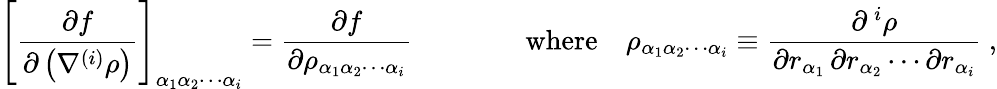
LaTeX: \left[{\frac{\partial f}{\partial\left(\nabla^{(i)}\rho\right)}}\right]_{\alpha_{1}\alpha_{2}\cdots\alpha_{i}}={\frac{\partial f}{\partial\rho_{\alpha_{1}\alpha_{2}\cdots\alpha_{i}}}}\qquad\qquad{\mathrm{where}}\quad\rho_{\alpha_{1}\alpha_{2}\cdots\alpha_{i}}\equiv{\frac{\partial^{\, i}\rho}{\partial r_{\alpha_{1}}\, \partial r_{\alpha_{2}}\cdots\partial r_{\alpha_{i}}}}\ ,